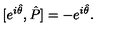
[ e ^ { i \hat { \theta } } , \hat { P } ] = - e ^ { i \hat { \theta } } .